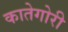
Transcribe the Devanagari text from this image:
कातेगोरी